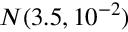
{ \cal N } ( 3 . 5 , 1 0 ^ { - 2 } )